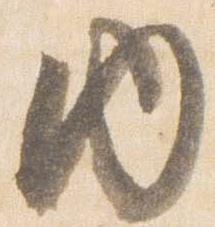
内